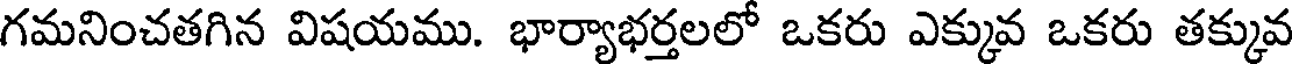
గమనించతగిన విషయము. భార్యాభర్తలలో ఒకరు ఎక్కువ ఒకరు తక్కువ